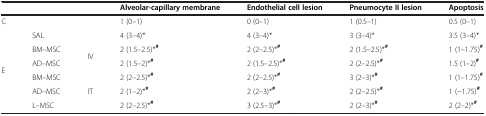
<table><thead><tr><td colspan="3"></td><td><b>Alveolar-capillary membrane</b></td><td><b>Endothelial cell lesion</b></td><td><b>Pneumocyte II lesion</b></td><td><b>Apoptosis</b></td></tr></thead><tbody><tr><td colspan="3">C</td><td>1 (0–1)</td><td>0 (0–1)</td><td>1 (0.5–1)</td><td>0.5 (0–1)</td></tr><tr><td rowspan="6">E</td><td colspan="2">SAL</td><td>4 (3–4)*</td><td>4 (3–4)*</td><td>3 (3–4)*</td><td>3.5 (3–4)*</td></tr><tr><td>BM–MSC</td><td rowspan="2">IV</td><td>2 (1.5–2.5)*<sup><b>#</b></sup></td><td>2 (2–2.5)*<sup><b>#</b></sup></td><td>2 (1.5–2.5)*<sup><b>#</b></sup></td><td>1 (1–1.75)<sup><b>#</b></sup></td></tr><tr><td>AD–MSC</td><td>2 (1.5–2)*<sup><b>#</b></sup></td><td>2 (1.5–2.5)*<sup><b>#</b></sup></td><td>2 (2–2.5)*<sup><b>#</b></sup></td><td>1.5 (1–2)<sup><b>#</b></sup></td></tr><tr><td>BM–MSC</td><td rowspan="3">IT</td><td>2 (2–2.5)*<sup><b>#</b></sup></td><td>2 (2–2.5)*<sup><b>#</b></sup></td><td>3 (2–3)*<sup><b>#</b></sup></td><td>1 (1–1.75)<sup><b>#</b></sup></td></tr><tr><td>AD–MSC</td><td>2 (1–2)*<sup><b>#</b></sup></td><td>2 (2–3)*<sup><b>#</b></sup></td><td>2 (2–2.5)*<sup><b>#</b></sup></td><td>1 (−1.75)<sup><b>#</b></sup></td></tr><tr><td>L–MSC</td><td>2 (2–2.5)*<sup><b>#</b></sup></td><td>3 (2.5–3)*<sup><b>#</b></sup></td><td>2 (2–3)*<sup><b>#</b></sup></td><td>2 (2–2)*<sup><b>#</b></sup></td></tr></tbody></table>